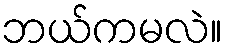
ဘယ်ကမလဲ။